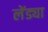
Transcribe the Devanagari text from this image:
लेंड्या